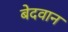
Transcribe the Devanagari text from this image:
बेदवान